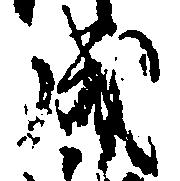
成